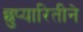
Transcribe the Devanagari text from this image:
छुप्यारितीने